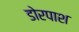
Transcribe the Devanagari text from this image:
डोरपाश